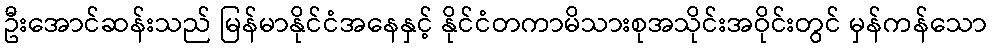
ဦးအောင်ဆန်းသည် မြန်မာနိုင်ငံအနေနှင့် နိုင်ငံတကာမိသားစုအသိုင်းအဝိုင်းတွင် မှန်ကန်သော